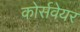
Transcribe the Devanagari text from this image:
कोर्सवेयर